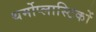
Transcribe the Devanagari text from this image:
थर्मोप्लास्टिकों